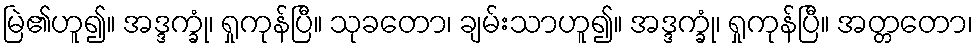
မြဲ၏ဟူ၍။ အဒ္ဒက္ခုံ၊ ရှုကုန်ပြီ။ သုခတော၊ ချမ်းသာဟူ၍။ အဒ္ဒက္ခုံ၊ ရှုကုန်ပြီ။ အတ္တတော၊